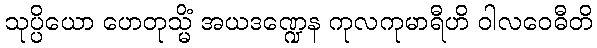
သုပ္ပိယော ဟေတုသ္မိံ အယဒဏ္ဍေန ကုလကုမာရီဟိ ဝါလဝေဓီတိ